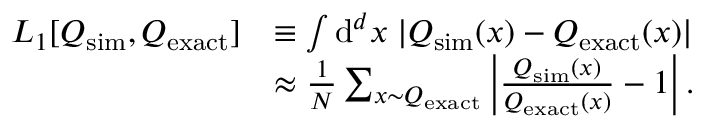
\begin{array} { r l } { L _ { 1 } [ Q _ { \mathrm { s i m } } , Q _ { \mathrm { e x a c t } } ] } & { \equiv \int \mathrm { d } ^ { d } x \; | Q _ { \mathrm { s i m } } ( x ) - Q _ { \mathrm { e x a c t } } ( x ) | } \\ & { \approx \frac { 1 } { N } \sum _ { x { \sim } Q _ { \mathrm { e x a c t } } } \left| \frac { Q _ { \mathrm { s i m } } ( x ) } { Q _ { \mathrm { e x a c t } } ( x ) } - 1 \right| . } \end{array}